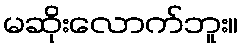
မဆိုးလောက်ဘူး။